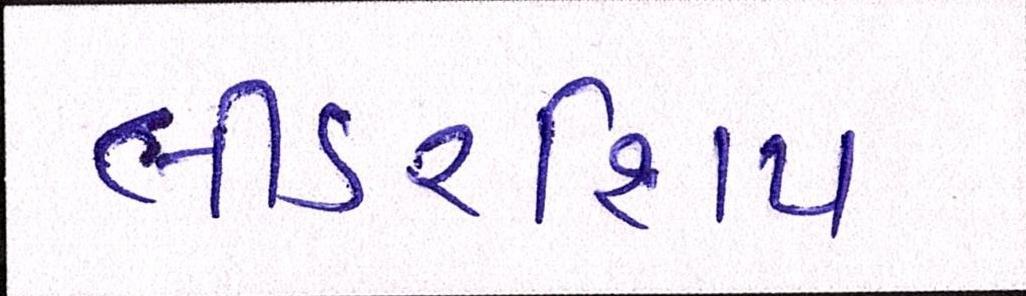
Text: લીડરશિપ